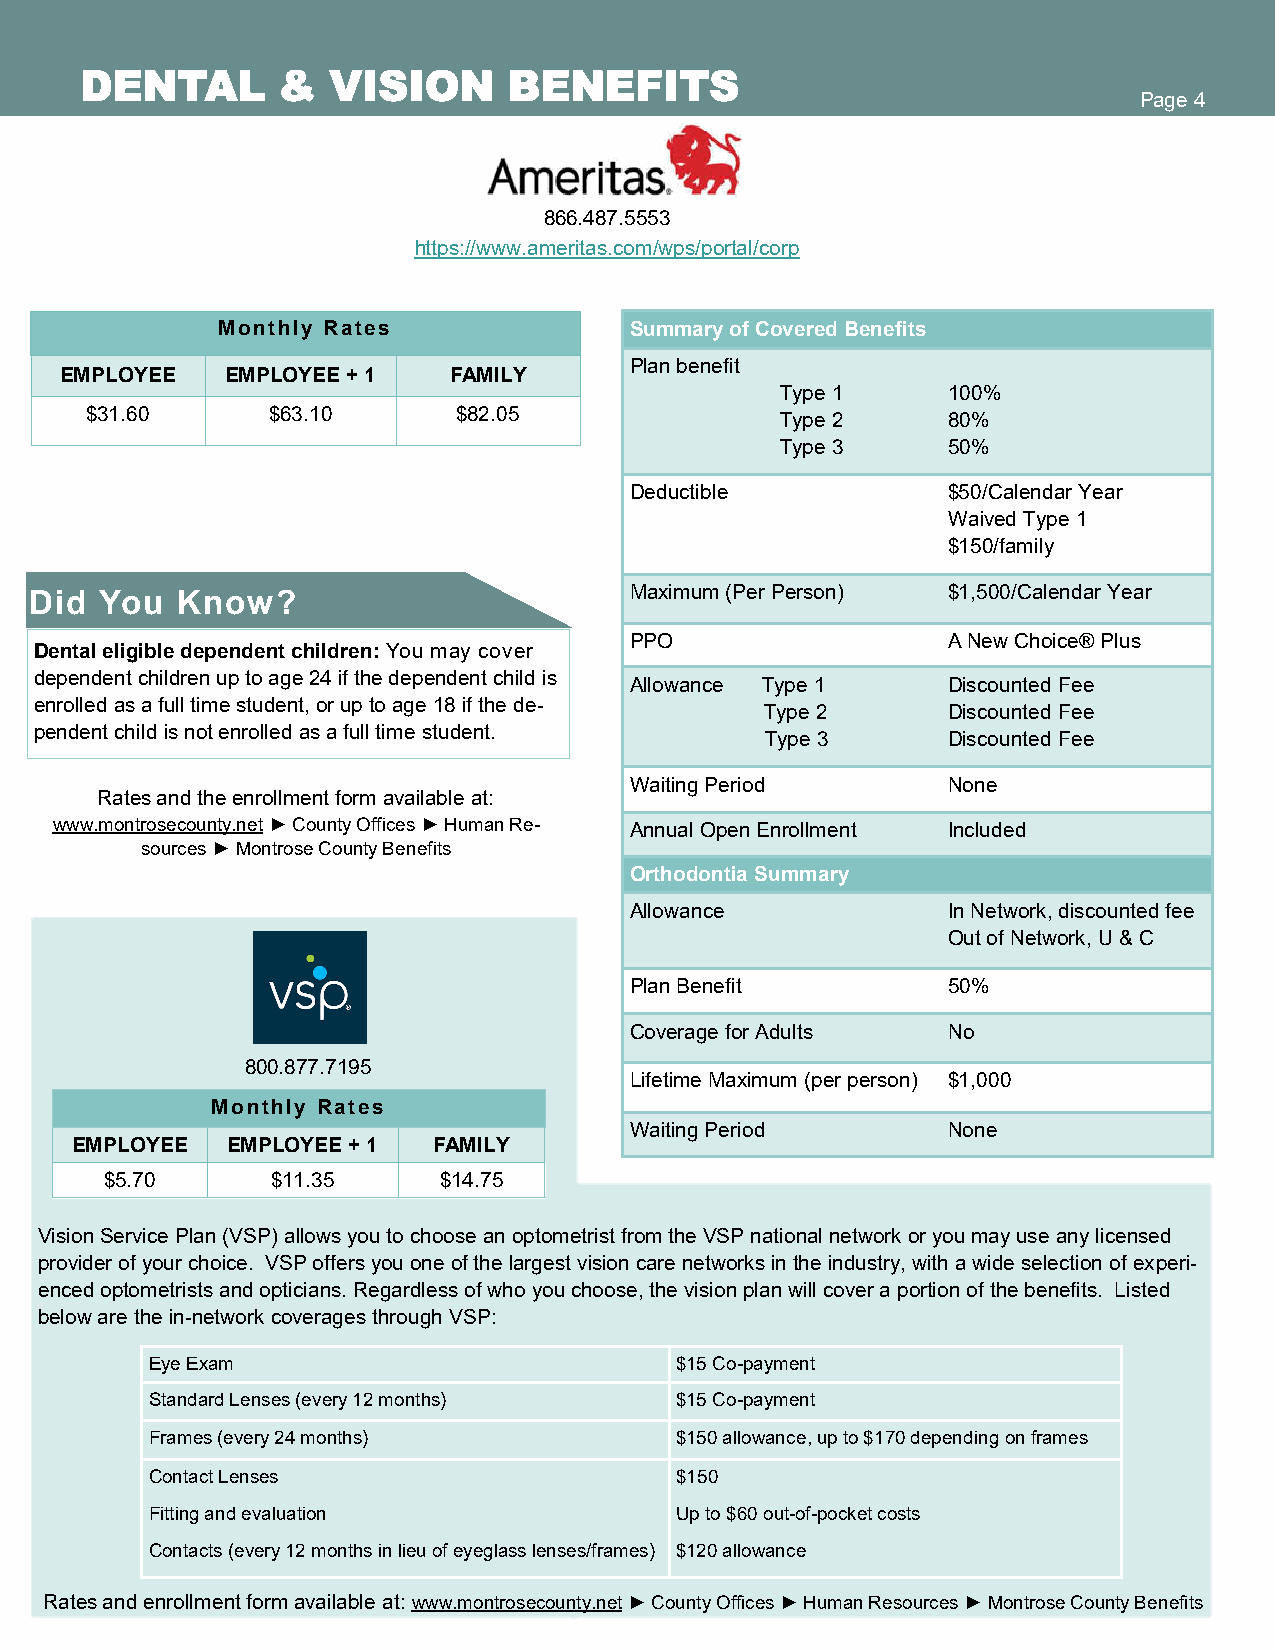
DENTAL       &   VISION      BENEFITS
 Page 4
 866.487.5553
 https://www.ameritas.com/wps/portal/corp
 Monthly Rates               Summary of Covered Benefits
 Plan benefit
 EMPLOYEE   EMPLOYEE + 1   FAMILY
 Type 1     100%
 $31.60      $63.10      $82.05
 Type 2     80%
 Type 3     50%
 Deductible           $50/Calendar Year
 Waived Type 1
 $150/family
 Did  You  Know?                         Maximum (Per Person) $1,500/Calendar Year
 PPO                  A New Choice® Plus
 Dental eligible dependent children: You may cover
 dependent children up to age 24 if the dependent child is
 Allowance Type 1     Discounted Fee
 enrolled as a full time student, or up to age 18 if the de-
 Type 2      Discounted Fee
 pendent child is not enrolled as a full time student.
 Type 3      Discounted Fee
 Waiting Period       None
 Rates and the enrollment form available at:
 www.montrosecounty.net ► County Offices ► Human Re- Annual Open Enrollment Included
 sources ► Montrose County Benefits
 Orthodontia Summary
 Allowance            In Network, discounted fee
 Out of Network, U & C
 Plan Benefit         50%
 Coverage for Adults  No
 800.877.7195
 Lifetime Maximum (per person) $1,000
 Monthly Rates
 Waiting Period       None
 EMPLOYEE  EMPLOYEE + 1  FAMILY
 $5.70      $11.35     $14.75
 Vision Service Plan (VSP) allows you to choose an optometrist from the VSP national network or you may use any licensed
 provider of your choice. VSP offers you one of the largest vision care networks in the industry, with a wide selection of experi-
 enced optometrists and opticians. Regardless of who you choose, the vision plan will cover a portion of the benefits. Listed
 below are the in-network coverages through VSP:
 Eye Exam                           $15 Co-payment
 Standard Lenses (every 12 months)  $15 Co-payment
 Frames (every 24 months)           $150 allowance, up to $170 depending on frames
 Contact Lenses                     $150
 Fitting and evaluation             Up to $60 out-of-pocket costs
 Contacts (every 12 months in lieu of eyeglass lenses/frames) $120 allowance
 Rate s and enrollment form available at: www.montrosecounty.net ► County Offices ► Human Resources ► Montrose County Benefits